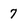
Character: 7